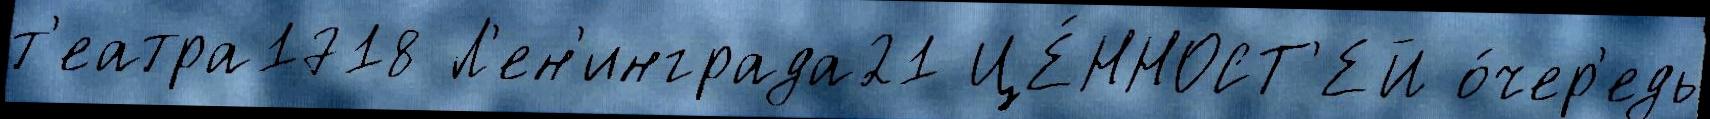
т'еатра1718 Л'ен'инграда21 ЦЕ́ННОСТ'ЕЙ о́чер'едь